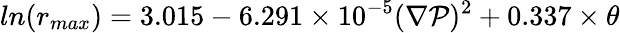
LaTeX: ln(r_{max})=3.015-6.291\times10^{-5}(\nabla\mathcal{P})^{2}+0.337\times\theta